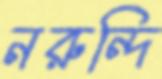
নরুন্দি